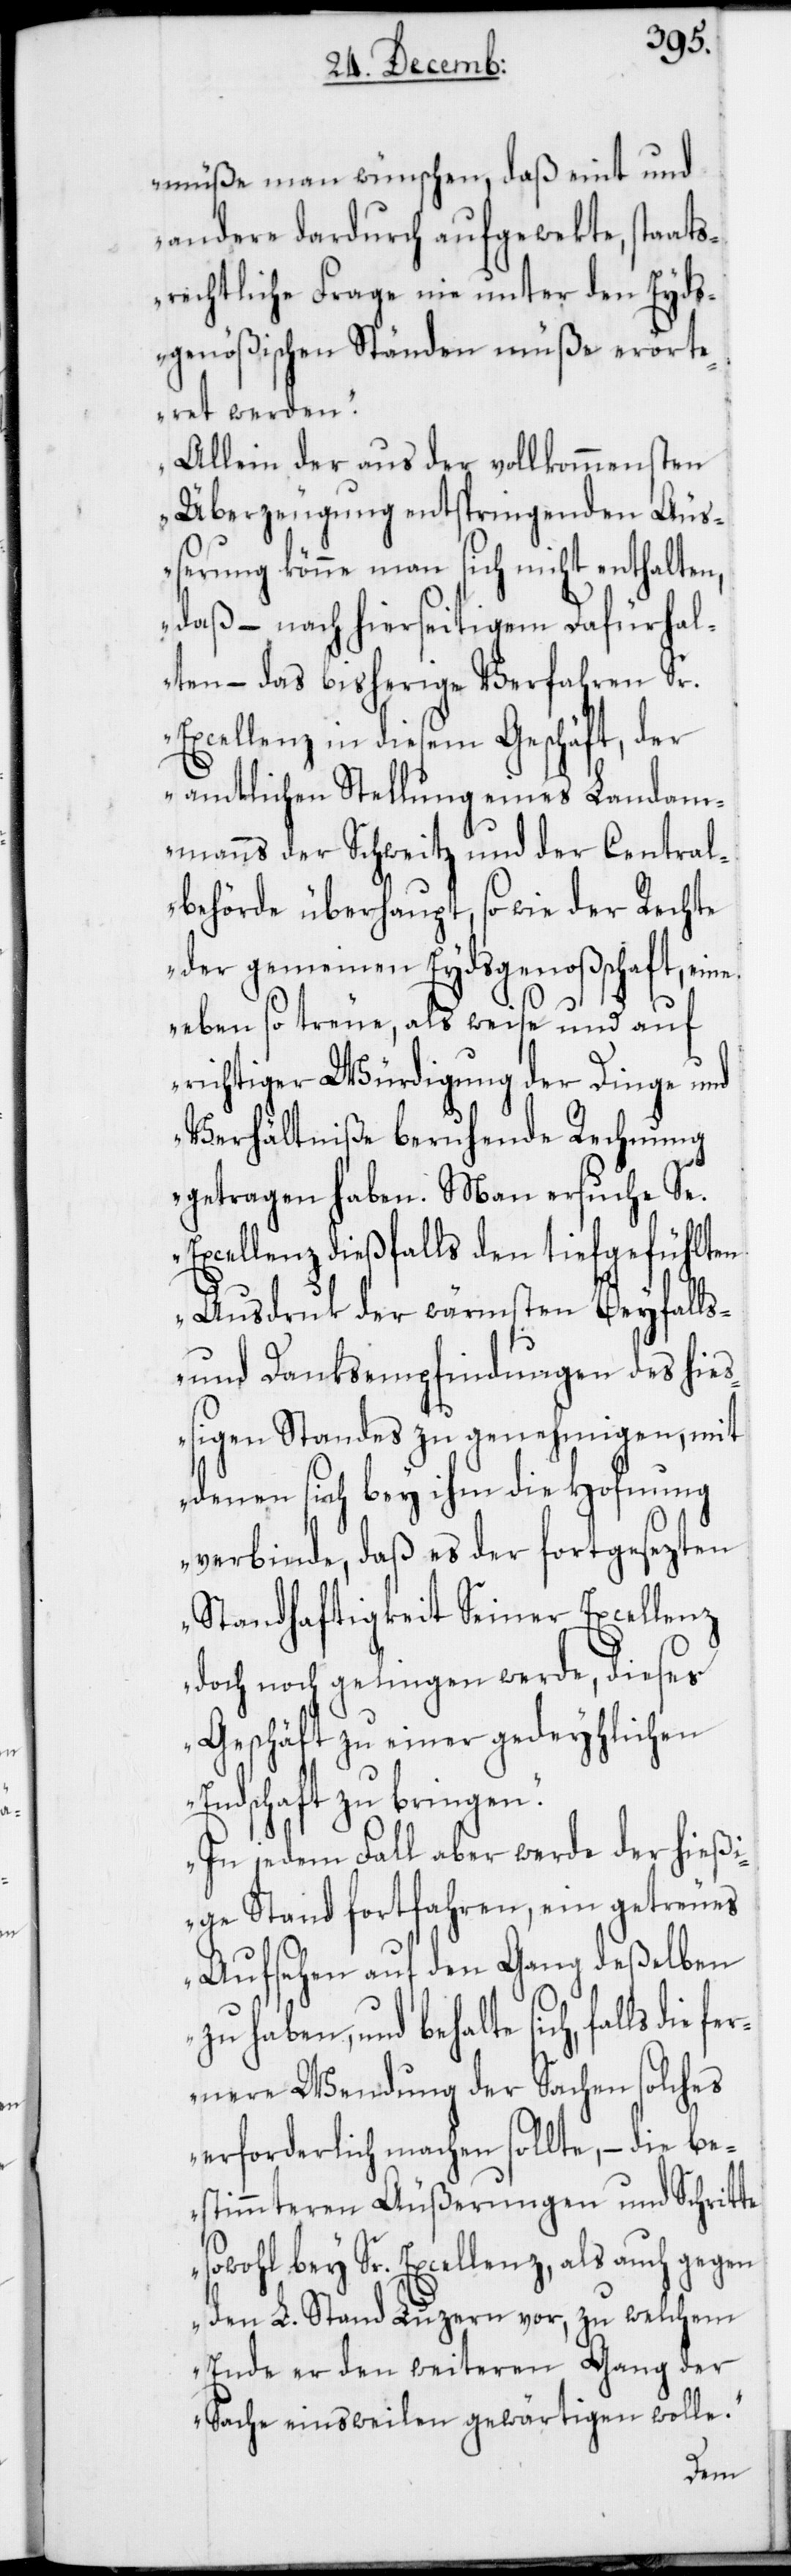
müße man wünschen, daß eint und
andere dardurch aufgewekte, staats¬
rechtliche Frage nie unter den Eyds¬
genößischen Ständen müße erörte¬
ret werden.
Allein der aus der vollkommensten
Überzeugung entspringenden Äu¬
ßerung könne man sich nicht enthalten,
daß – nach hierseitigem Dafürhal¬
ten – das bisherige Verfahren Sr.
Excellenz in diesem Geschäft, der
amtlichen Stellung eines Landam¬
manns der Schweitz und der Central¬
behörde überhaupt, so wie der Rechte
der gemeinen Eydsgenoßenschaft, eine
eben so treue, als weise und auf
richtiger Würdigung der Dinge und
Verhältniße beruhende Rechnung
getragen haben. Man ersuche Se.
Excellenz dießfalls den tiefgefühlten
Ausdruk der wärmsten Beyfalls-
und Danksempfindungen des hieß¬
igen Standes zu genehmigen, mit
denen sich bey ihm die Hofnung
verbinde, daß es der fortgesezten
Standhaftigkeit Seiner Excellenz
doch noch gelingen werde, dieses
Geschäft zu einer gedeyhlichen
Endschaft zu bringen.
In jedem Fall aber werde der hießi¬
ge Stand fortfahren, ein getreues
Aufsehen auf den Gang deßelben
zu haben, und behalte sich, falls die
fernere Wendung der Sachen solches
erforderlich machen sollte, – die be¬
stimmteren Äußerungen und Schritte
sowohl bey Sr. Excellenz, als auch gegen
den L. Stand Luzern vor, zu welchem
Ende er den weiteren Gang der
Sache einsweilen gewärtigen wolle.“